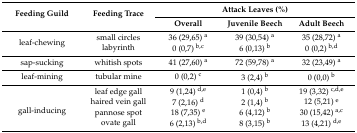
<table><thead><tr><td rowspan="2"><b>Feeding Guild</b></td><td rowspan="2"><b>Feeding Trace</b></td><td colspan="3"><b>Attack Leaves (%)</b></td></tr><tr><td><b>Overall</b></td><td><b>Juvenile Beech</b></td><td><b>Adult Beech</b></td></tr></thead><tbody><tr><td rowspan="2">leaf-chewing</td><td>small circles</td><td>36 (29,65) <sup>a</sup></td><td>39 (30,54) <sup>a</sup></td><td>35 (28,72) <sup>a</sup></td></tr><tr><td>labyrinth</td><td>0 (0,7) <sup>b,c</sup></td><td>6 (0,13) <sup>b</sup></td><td>0 (0,2) <sup>b,d</sup></td></tr><tr><td>sap-sucking</td><td>whitish spots</td><td>41 (27,60) <sup>a</sup></td><td>72 (59,78) <sup>a</sup></td><td>32 (23,49) <sup>a</sup></td></tr><tr><td>leaf-mining</td><td>tubular mine</td><td>0 (0,2) <sup>c</sup></td><td>3 (2,4) <sup>b</sup></td><td>0 (0,0) <sup>b</sup></td></tr><tr><td rowspan="4">gall-inducing</td><td>leaf edge gall</td><td>9 (1,24) <sup>d,e</sup></td><td>1 (0,4) <sup>b</sup></td><td>19 (3,32) <sup>c,d,e</sup></td></tr><tr><td>haired vein gall</td><td>7 (2,16) <sup>d</sup></td><td>2 (1,4) <sup>b</sup></td><td>12 (5,21) <sup>e</sup></td></tr><tr><td>pannose spot</td><td>18 (7,35) <sup>e</sup></td><td>6 (4,12) <sup>b</sup></td><td>30 (15,42) <sup>a,c</sup></td></tr><tr><td>ovate gall</td><td>6 (2,13) <sup>b,d</sup></td><td>8 (3,15) <sup>b</sup></td><td>13 (4,21) <sup>d,e</sup></td></tr></tbody></table>